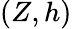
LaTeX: (Z,h)